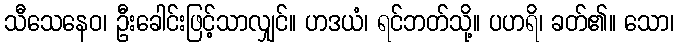
သီသေနေဝ၊ ဦးခေါင်းဖြင့်သာလျှင်။ ဟဒယံ၊ ရင်ဘတ်သို့။ ပဟရိ၊ ခတ်၏။ သော၊